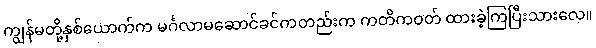
ကျွန်မတို့နှစ်ယောက်က မင်္ဂလာမဆောင်ခင်ကတည်းက ကတိကဝတ် ထားခဲ့ကြပြီးသားလေ။